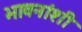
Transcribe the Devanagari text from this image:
भावनांशी